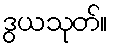
ဒွယသုတ်။